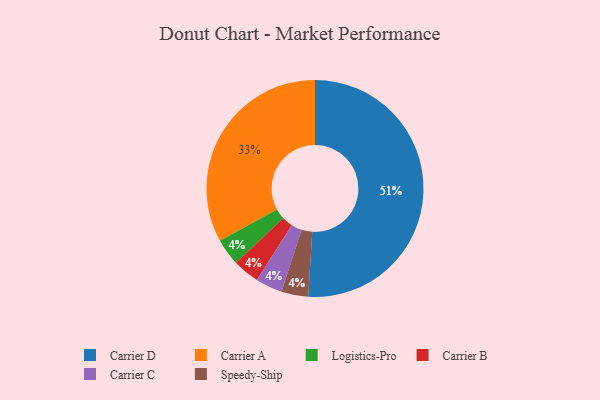
{"axis": {"x": "Category", "y": "Percentage"}, "legend": ["Carrier A", "Carrier B", "Carrier C", "Carrier D", "Logistics-Pro", "Speedy-Ship"], "data": [{"x": "Logistics-Pro", "y": 4, "type": "Logistics-Pro"}, {"x": "Carrier B", "y": 4, "type": "Carrier B"}, {"x": "Carrier D", "y": 51, "type": "Carrier D"}, {"x": "Carrier A", "y": 33, "type": "Carrier A"}, {"x": "Carrier C", "y": 4, "type": "Carrier C"}, {"x": "Speedy-Ship", "y": 4, "type": "Speedy-Ship"}]}